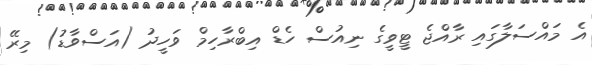
އެ މައްސަލާގައި ރާއްޖެ ޓީވީގެ ނިއުސް ހެޑް އިބްރާހިމް ވަހީދު (އަސްވާޑު) މިރޭ